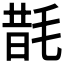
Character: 𭯜